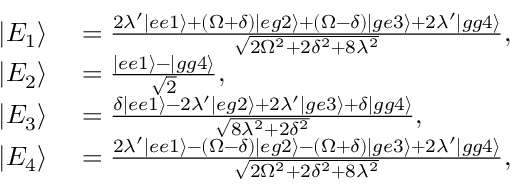
\begin{array} { r l } { | E _ { 1 } \rangle } & { { } = \frac { 2 \lambda ^ { \prime } | e e 1 \rangle + ( \Omega + \delta ) | e g 2 \rangle + ( \Omega - \delta ) | g e 3 \rangle + 2 \lambda ^ { \prime } | g g 4 \rangle } { \sqrt { 2 \Omega ^ { 2 } + 2 \delta ^ { 2 } + 8 \lambda ^ { 2 } } } , } \\ { | E _ { 2 } \rangle } & { { } = \frac { | e e 1 \rangle - | g g 4 \rangle } { \sqrt { 2 } } , } \\ { | E _ { 3 } \rangle } & { { } = \frac { \delta | e e 1 \rangle - 2 \lambda ^ { \prime } | e g 2 \rangle + 2 \lambda ^ { \prime } | g e 3 \rangle + \delta | g g 4 \rangle } { \sqrt { 8 \lambda ^ { 2 } + 2 \delta ^ { 2 } } } , } \\ { | E _ { 4 } \rangle } & { { } = \frac { 2 \lambda ^ { \prime } | e e 1 \rangle - ( \Omega - \delta ) | e g 2 \rangle - ( \Omega + \delta ) | g e 3 \rangle + 2 \lambda ^ { \prime } | g g 4 \rangle } { \sqrt { 2 \Omega ^ { 2 } + 2 \delta ^ { 2 } + 8 \lambda ^ { 2 } } } , } \end{array}